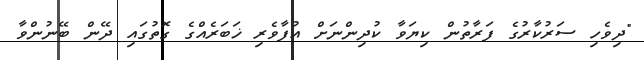
"ދިވެހި ސަރުކާރުގެ ފަރާތުން ކިޔަވާ ކުދިންނަށް އުފާވެރި ޚަބަރެއްގެ ގޮތުގައި ދޭން ބޭނުންވާ